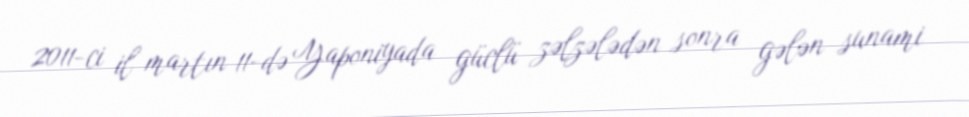
2011-ci il martın 11-də Yaponiyada güclü zəlzələdən sonra gələn sunami